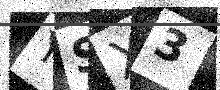
Text: YSX3